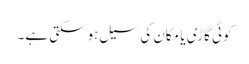
کوئی گاڑی یا مکان کی سیل ہوسکتی ہے۔